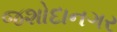
જશોદાનગર